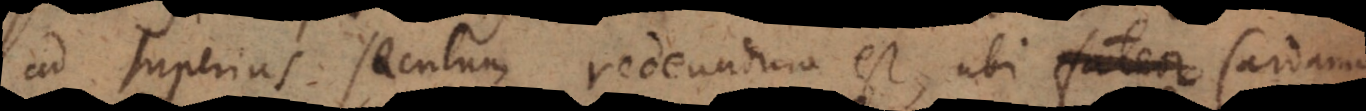
ad superius seculum redeundum est, ubi fateor Cardanum